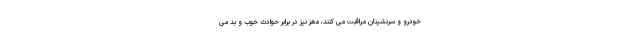
خودرو و سرنشینان مراقبت می کنند، مغز نیز در برابر حوادث خوب و بد می